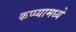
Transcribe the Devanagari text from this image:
कप्प्यामध्ये